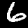
Digit: 6